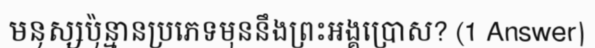
មនុស្សប៉ុន្មានប្រភេទមុននឹងព្រះអង្គប្រោស? (1 Answer)